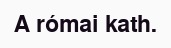
A római kath.